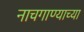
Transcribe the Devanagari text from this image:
नाचगाण्याच्या